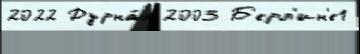
2022 Дурна́я 2003 Б'ерл'ин'е1